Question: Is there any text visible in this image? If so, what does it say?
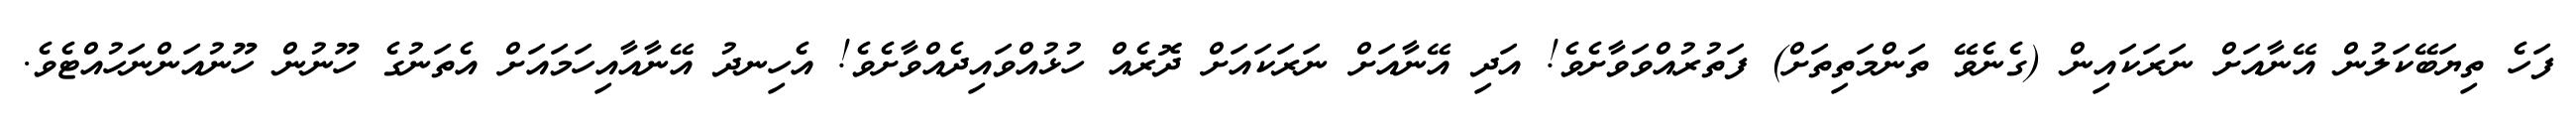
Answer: ފަހެ ތިޔަބޭކަލުން އޭނާއަށް ނަރަކައިން (ގެނެވޭ ތަންމަތިތަށް) ފަތުރުއްވަވާށެވެ! އަދި އޭނާއަށް ނަރަކައަށް ދޮރެއް ހުޅުއްވައިދެއްވާށެވެ! އެހިނދު އޭނާއާއިހަމައަށް އެތަނުގެ ހޫނުން ހޫނުއަންނަހުއްޓެވެ.